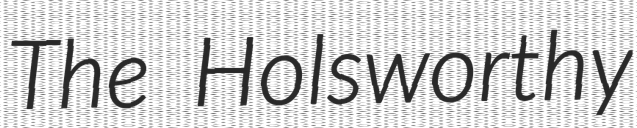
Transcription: The Holsworthy